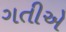
ગતીએ